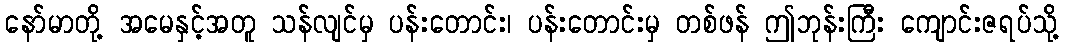
နော်မာတို့ အမေနှင့်အတူ သန်လျင်မှ ပန်းတောင်း၊ ပန်းတောင်းမှ တစ်ဖန် ဤဘုန်းကြီး ကျောင်းဇရပ်သို့